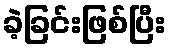
ခဲ့ခြင်းဖြစ်ပြီး